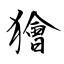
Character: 獪